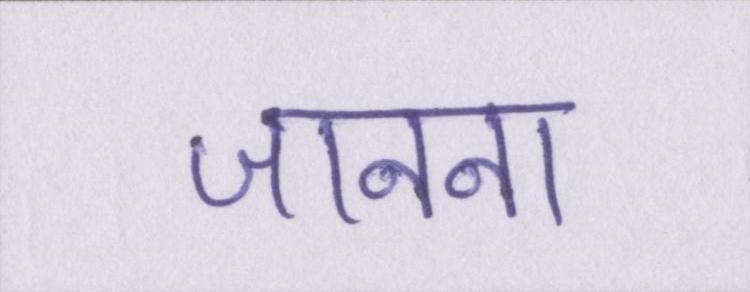
जानना